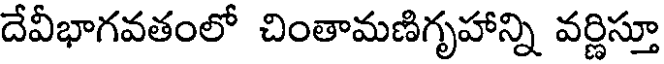
దేవీభాగవతంలో చింతామణిగృహాన్ని వర్ణిస్తూ